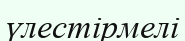
үлестірмелі